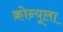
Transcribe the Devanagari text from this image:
क्रोन्यूला